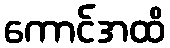
ကောင်အထိ